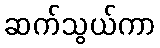
ဆက်သွယ်ကာ